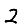
Digit: 2